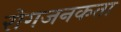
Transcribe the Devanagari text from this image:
रोगजनकता